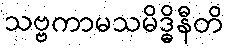
သဗ္ဗကာမသမိဒ္ဓိနီတိ